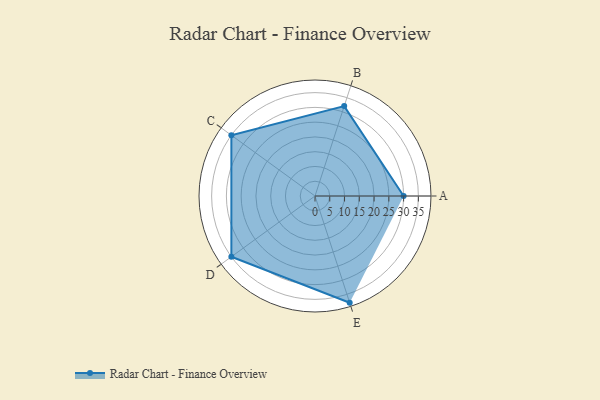
{"axis": {"x": "Skill", "y": "Score"}, "legend": ["Profile"], "data": [{"x": "A", "y": 30.0, "type": "Profile"}, {"x": "B", "y": 32.0, "type": "Profile"}, {"x": "C", "y": 35.0, "type": "Profile"}, {"x": "D", "y": 35.0, "type": "Profile"}, {"x": "E", "y": 38.0, "type": "Profile"}]}